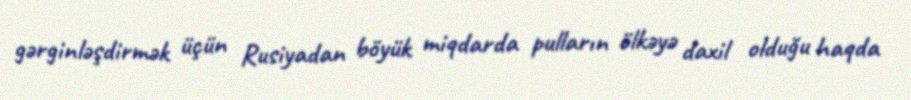
gərginləşdirmək üçün Rusiyadan böyük miqdarda pulların ölkəyə daxil olduğu haqda